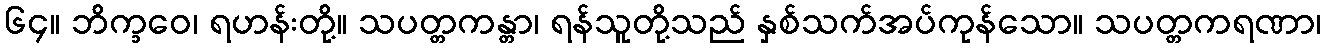
၆၄။ ဘိက္ခဝေ၊ ရဟန်းတို့။ သပတ္တကန္တာ၊ ရန်သူတို့သည် နှစ်သက်အပ်ကုန်သော။ သပတ္တကရဏာ၊